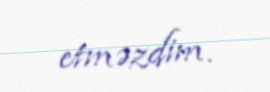
etməzdim.